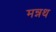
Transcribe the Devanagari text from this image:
मन्नथ